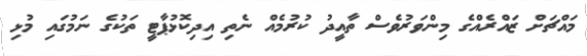
މައްޗަށް ޒައްރެއްގެ މިންވަރުވެސް ތާއީދު ކުރުމެއް ނެތި އިދިކޮޅުޕާޓީ ތަކުގެ ނަމުގައި މުޅި